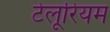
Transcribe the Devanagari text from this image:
टेलूरियम